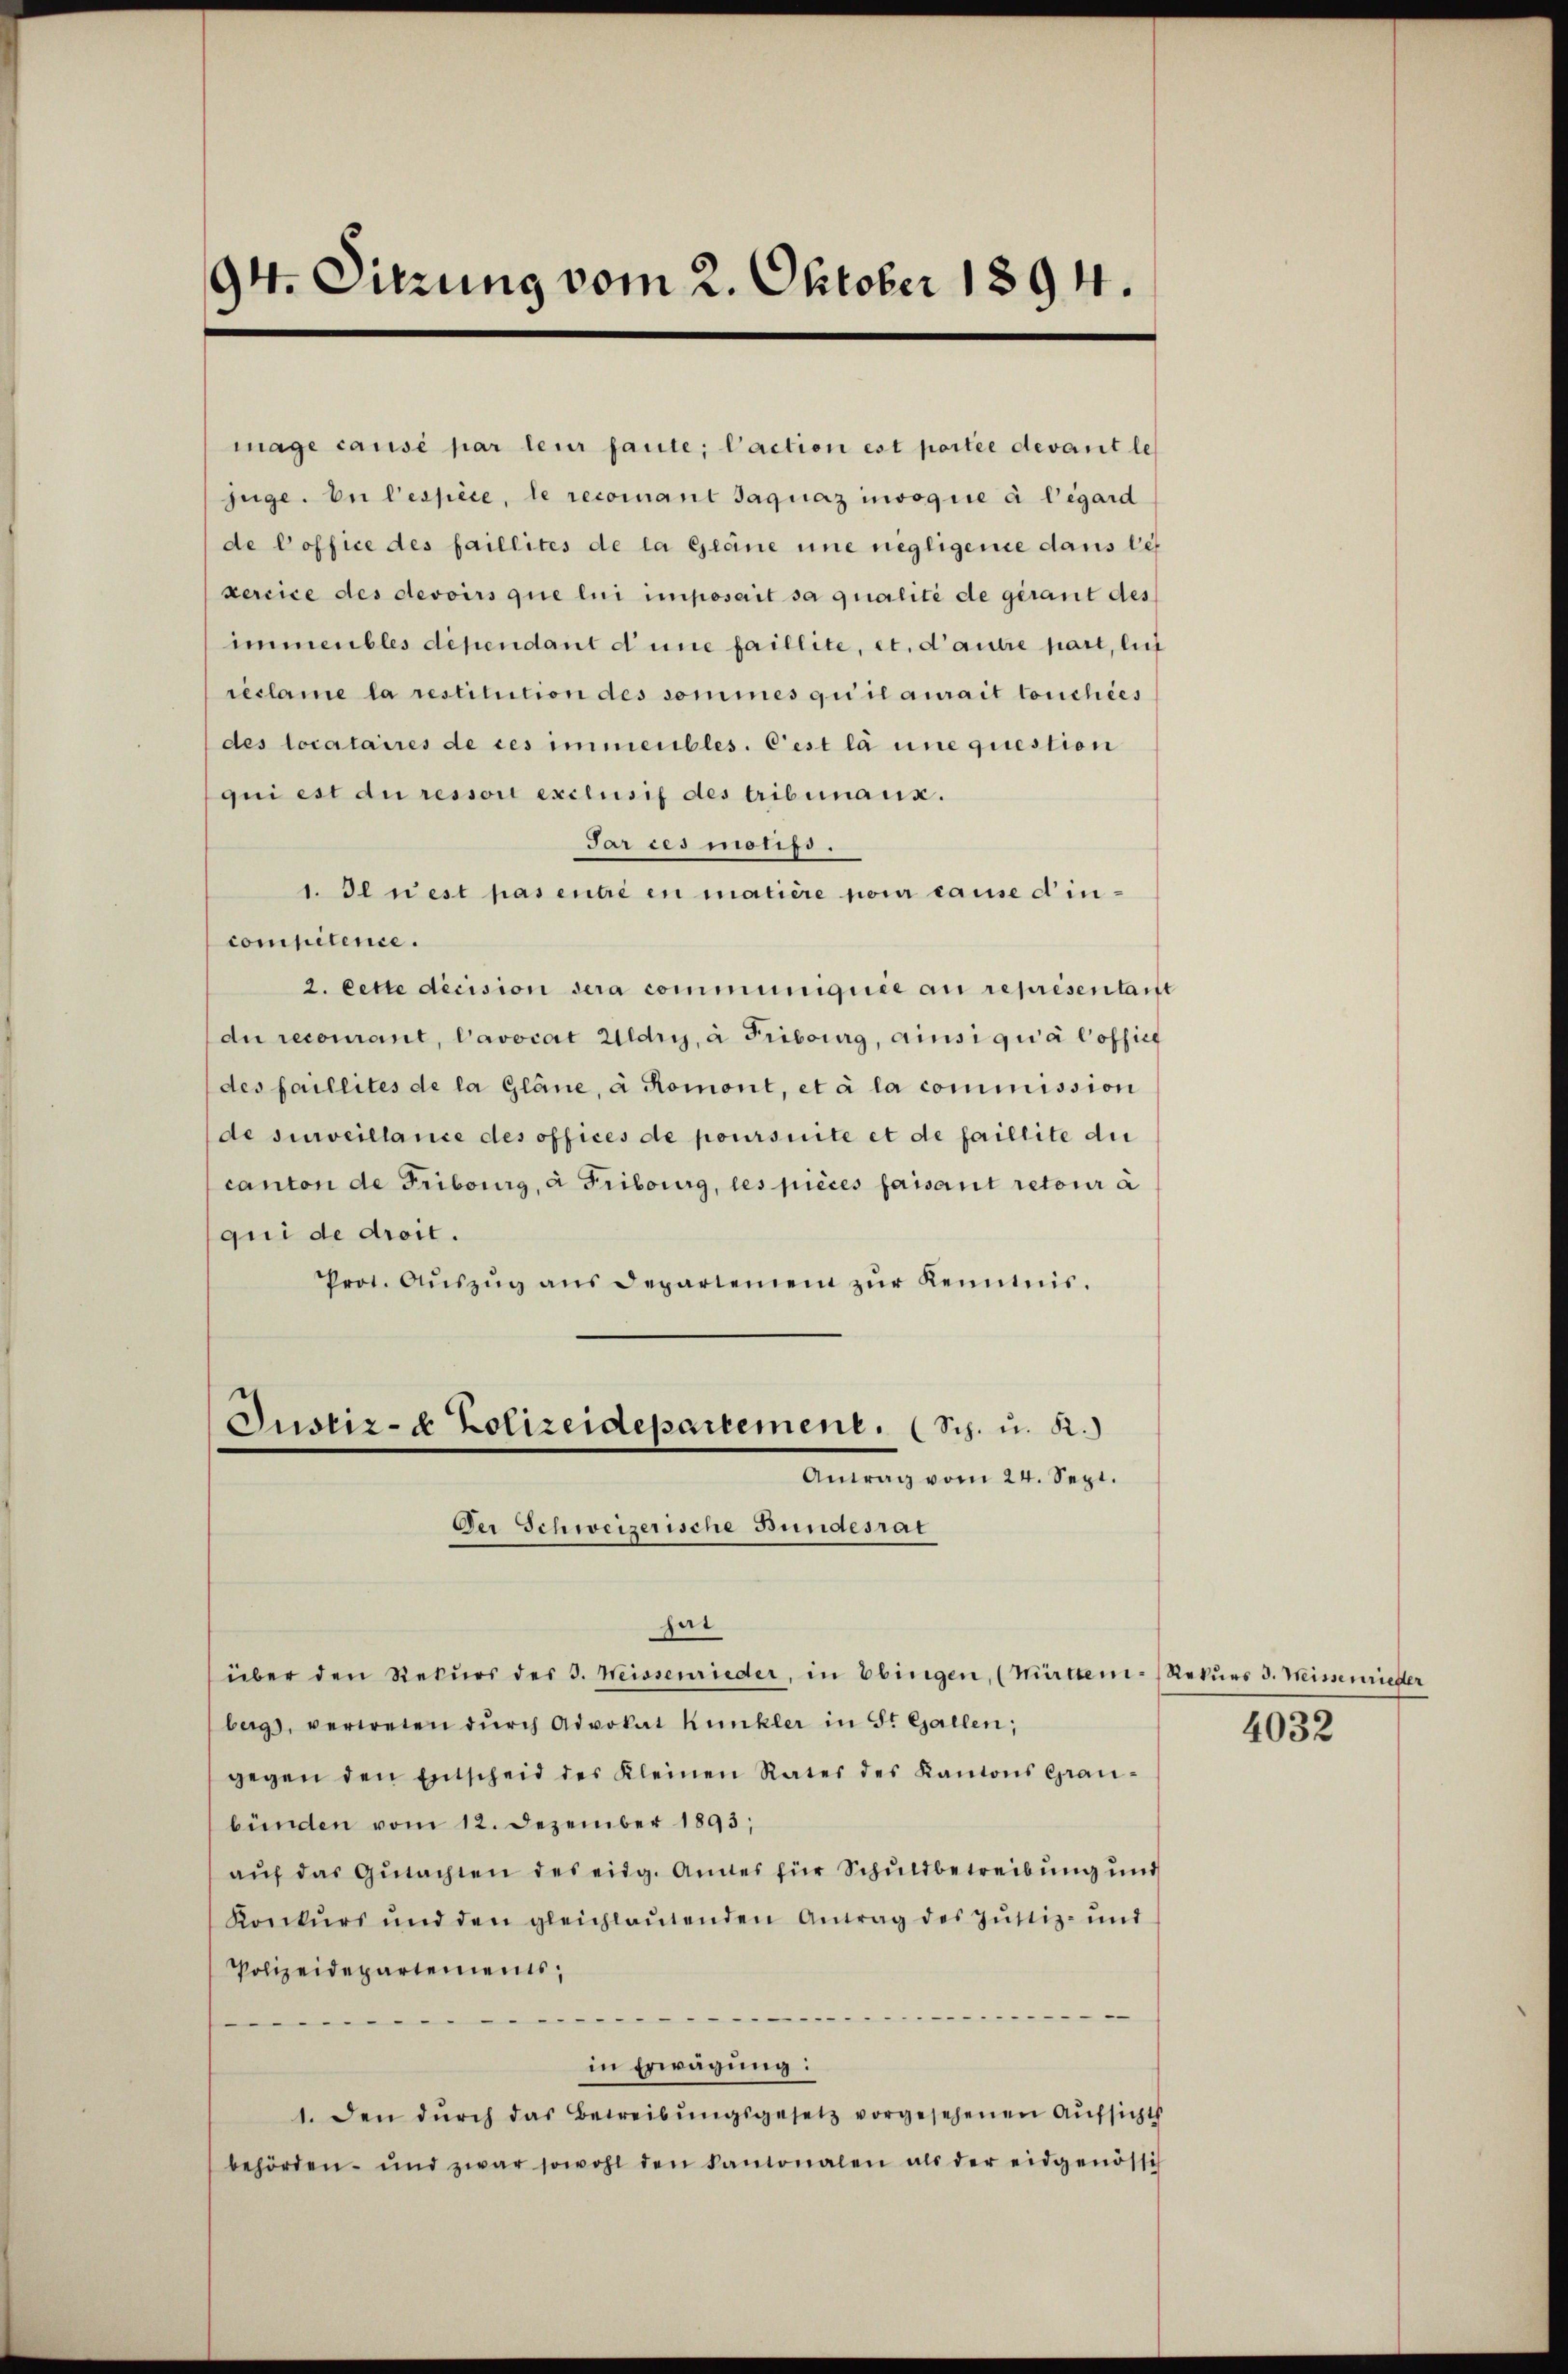
94. Sitzung vom 2. Oktober 1894.

mage causé par leur faute; l’action est portée devant lezüge. De l’espèce, le recomant Jaquaz insogue à l’égard
de Poffice des faillités de la Gerne une negligence dans les
xercice des devoirs que lui imposait sa qualité de gerant des
immeubles dépendant d’une faillite, et d’autre part, lie
reclame la restitution des sommes qu’il aurait touchées
des locataires de ces immeubles. Cest la une question
qui est du ressori exclusif des tribunaux.
Jar ces motifs.
1. Il n’est pas entré en matière pour cause d’in-
competence.
2. Cette decision dera communiquée au représentarst
du recourant, Pavocat Uldry, à Fribourg, ainsi quia Coffic
des faillites de la Gläne, à Romont, et à la commission
de surveillance des offices de poursuite et de faillite die
canton de Fribourg, à Fribourg, les pièces faisant retour a
qui de droit.
Prot. Aŭszŭg ans Departemen zŭr Kenntnis.
Justiz- & Polizeidepartement. (Sch. u. R.)
Antrag vom 24. Sept.
Der Schweizerische Bundesrat
hat
über den Rekŭrs der 3. Weissenrieder, in Ebingen, (Mitten Rekŭrs J. Weissenrieder
bergs, vertreten dŭrch Advokat Kunkler in St. Gallen;
gegen den Entscheid des Kleinen Rates des Kantons Grau-
bünden vom 12. Dezember 1893;
aŭf das Gutachten des eidg. Andes für Schuldbetreibung und
Konkŭrs und den gleichlaŭtenden Antrag des Jŭstiz- und
Polizeidepartements,

in Erwägung:
1. den dŭrch das Betreibŭngsgesetz vorgesehenen Aŭfsichts
behörden. und zwar sowohl den kantonalen als der eidgenössich

4032